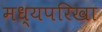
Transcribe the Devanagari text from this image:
मध्यपरिखा